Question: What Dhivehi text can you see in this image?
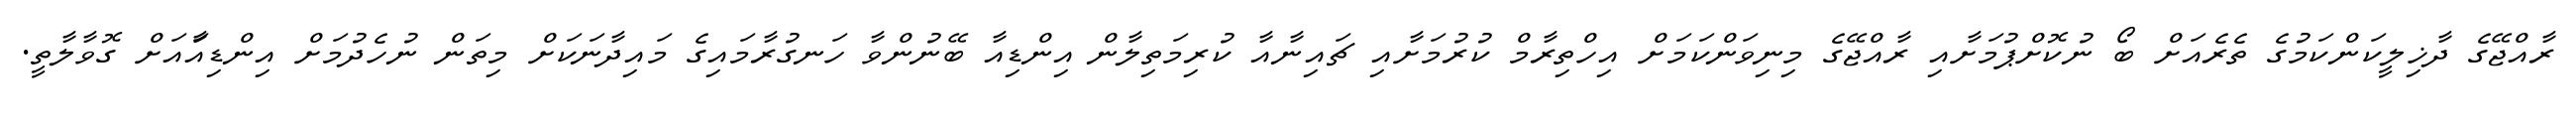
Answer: ރާއްޖޭގެ ދާޚިލީކަންކަމުގެ ތެރެއަށް ބޯ ނުކޮށްޕުމަށާއި ރާއްޖޭގެ މިނިވަންކަމަށް އިހްތިރާމް ކުރުމަށާއި ޗައިނާއާ ކުރިމަތިލާން އިންޑިއާ ބޭނުންވާ ހަނގުރާމައިގެ މައިދާނަކަށް މިތަން ނުހެދުމަށް އިންޑިއާައަށް ގޮވާލާތީ.